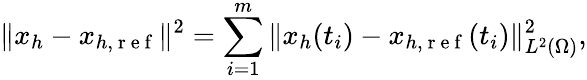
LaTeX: \Vert x_{h}-x_{h,\mathrm{~r~e~f~}}\Vert^{2}=\sum_{i=1}^{m}\Vert x_{h}(t_{i})-x_{h,\mathrm{~r~e~f~}}(t_{i})\Vert_{L^{2}(\Omega)}^{2},